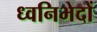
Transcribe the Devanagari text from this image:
ध्वनिभेदों